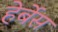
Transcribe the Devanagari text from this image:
हेर्बेस